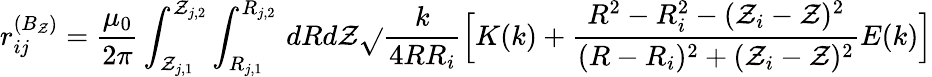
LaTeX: r_{ij}^{(B_{\mathcal{Z}})}=\frac{{\mu_{0}}}{{2\pi}}\int_{\mathcal{Z}_{j,1}}^{\mathcal{Z}_{j,2}}\int_{R_{j,1}}^{R_{j,2}}\, dRd\mathcal{Z}\sqrt{}{{\frac{{k}}{{4RR_{i}}}}}\Big[K(k)+\frac{{R^{2}-R_{i}^{2}-(\mathcal{Z}_{i}-\mathcal{Z})^{2}}}{{(R-R_{i})^{2}+(\mathcal{Z}_{i}-\mathcal{Z})^{2}}}E(k)\Big]